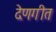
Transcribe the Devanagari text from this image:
देणगीत